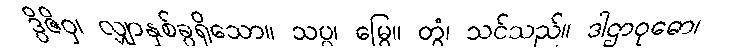
ဒွိဇိဝှ၊ လျှာနှစ်ခွရှိသော။ သပ္ပ၊ မြွေ။ တွံ၊ သင်သည်။ ဒါဌာဝုဓော၊